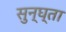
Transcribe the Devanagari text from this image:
सुन्घ्ता